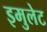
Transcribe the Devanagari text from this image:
इमुलेट